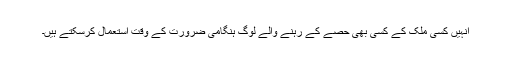
انہیں کسی ملک کے کسی بھی حصے کے رہنے والے لوگ ہنگامی ضرورت کے وقت استعمال کرسکتے ہیں۔